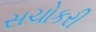
સચોકરી